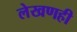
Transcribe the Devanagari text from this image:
लेखणही